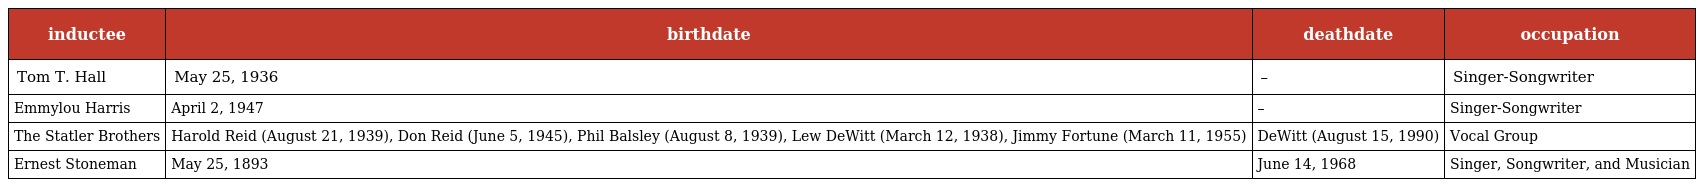
| inductee | birthdate | deathdate | occupation |
 | --- | --- | --- | --- |
 | Tom T. Hall | May 25, 1936 | – | Singer-Songwriter |
 | Emmylou Harris | April 2, 1947 | – | Singer-Songwriter |
 | The Statler Brothers | Harold Reid (August 21, 1939), Don Reid (June 5, 1945), Phil Balsley (August 8, 1939), Lew DeWitt (March 12, 1938), Jimmy Fortune (March 11, 1955) | DeWitt (August 15, 1990) | Vocal Group |
 | Ernest Stoneman | May 25, 1893 | June 14, 1968 | Singer, Songwriter, and Musician |